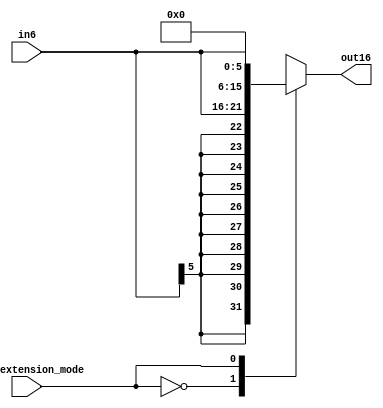


module sign_ext(
 output reg 	   [15:0] 		out16,    
 input 				[5:0] 		in6,
 input 								sign_extension_mode
);
 

always @*
 begin 
   case(sign_extension_mode)
	 1'b0      :  out16<={{10{in6[5]}},in6[5:0]};
	 1'b1      : out16<={{10'b0000000000},in6[5:0]};
	 default   : out16<={{10'b0000000000},in6[5:0]};
   endcase
 end
 
endmodule